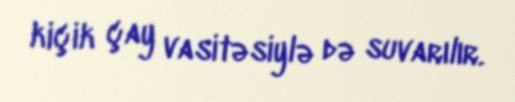
kiçik çay vasitəsiylə də suvarılır.